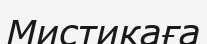
Мистикаға